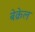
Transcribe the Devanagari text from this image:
बेक्रेल